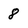
Character: 8